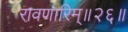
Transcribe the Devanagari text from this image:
रावणारिम्‌॥२६॥